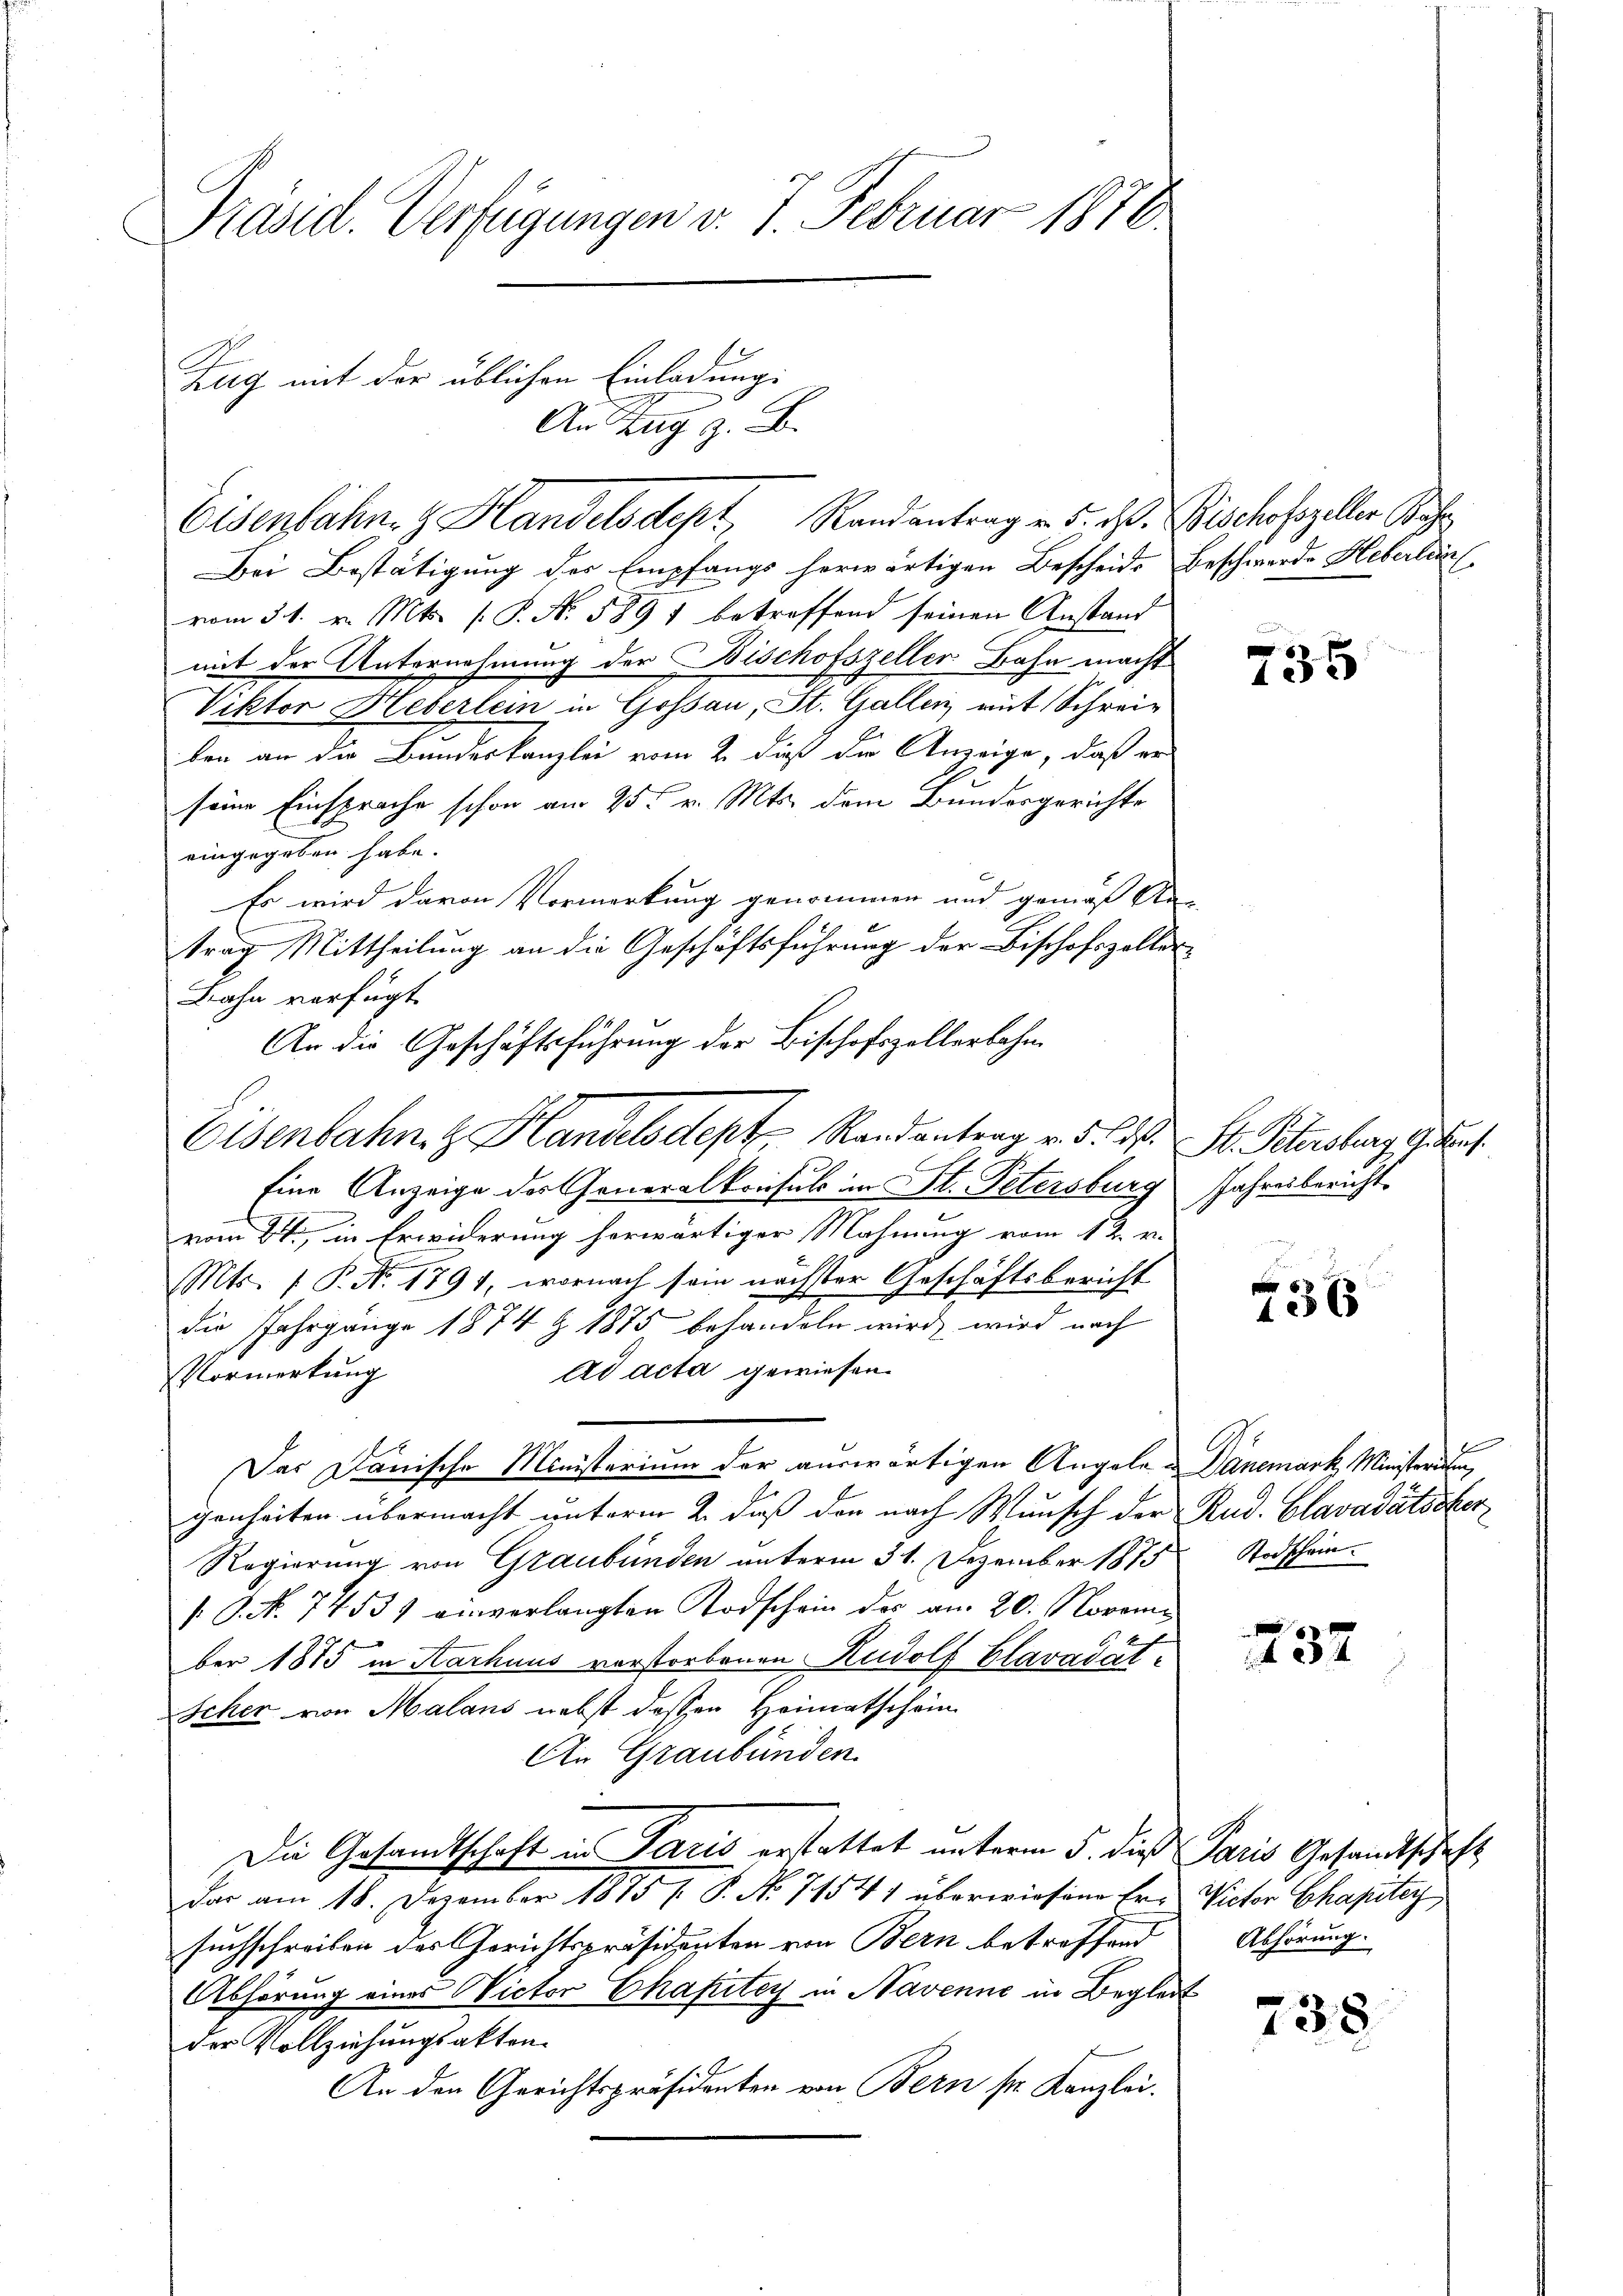
Präsid. Verfügungen v. 7. Februar 1878
Zug mit der üblichen Einladung.
An Zug z. B.

Eisenbahne Handelsdept, Randantrag v. 5. ds. Bischofszeller Sach

Bei Bestätigung des Empfangs herwärtigen Bescheide Beschwerde Heberlan
vom 31. v. Mts. s P. No. 589 1 betreffend seinen Anstand
mit der Unternehmung der Bischofszeller Bahn macht
Viktor Heberlein in Gossau, St. Gallen mit Schrei-
ben an die Bundeskanzlei vom 2. dieß die Anzeige, daß er
seine Einsprache schon am 25t v. Mts. dem Bundesgerichte
eingegeben habe.
Es wird davon Vormerkung genommen und gemäß An-
trag Mittheilung an die Geschäftsführung der Bischofszeller¬
Bahn verfügt
Eine Anzeige der Generalkonsuls in St. Petersburg
vom 24ten in Erwiderung herwärtiger Mahnung vom 12. v.
Mts. 1 P. Nr. 1791, wornach sein nächster Geschäftsbericht
die Jahrgänge 1874 § 1875 behandeln wird, wird nach
Ad acta gewiesen.
Vormerkung
Das Danische Ministerium der auswärtigen Angele-Dänemark Ministerium,
genheiten übermacht unterm 2. daß der nach Wunsch der
Regierung von Graubünden unterm 31. Dezember 1875
. P. Nr. 74531 einverlangten Todschein der am 20. November 1875 in Karhuus verstorbenen Rudolf Glavadät¬
Scher von Malans nebst dessen Heimatschein
An Graubünden.
Die Gesandtschaft in Paris erstattet unterm 5. die Paris Gesandtschaft
Das am 18. Dezember 1875 [ P. No 71541 überwiesene Er-
suchschreiben des Gerichtspräsidenten von Bern betreffend
Abhörung eines Victor Chaftey in Navenne in Begleit
der Vollziehungsakten.
An den Gerichtspräsidenten von Bern sr. Kanzlei.

An die Geschäftsführung der Bischofszellerbahn
Eisenbahn & Handelsdept Randantrag v. 5. d.

s
136

St. Petersburg gekauf.
Jahresbericht.

1265

Rud. Clavadátdiker
Todschein.

37

Victor Chapitey
Abhörung.

238.